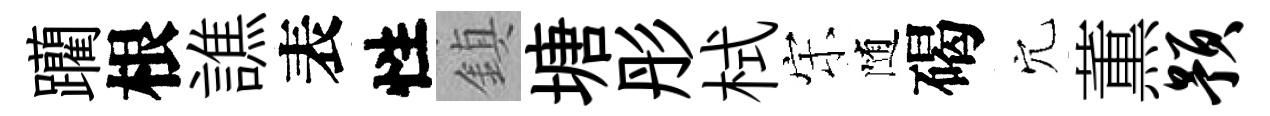
躪根譙表性鎮塘彤栻宋随碣穴薫预